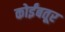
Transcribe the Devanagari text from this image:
कोर्इंबतूर